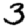
Digit: 3